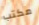
مكتب